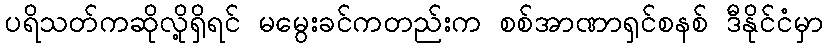
ပရိသတ်ကဆိုလို့ရှိရင် မမွေးခင်ကတည်းက စစ်အာဏာရှင်စနစ် ဒီနိုင်ငံမှာ